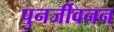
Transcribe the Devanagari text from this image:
पुनर्जीवनन